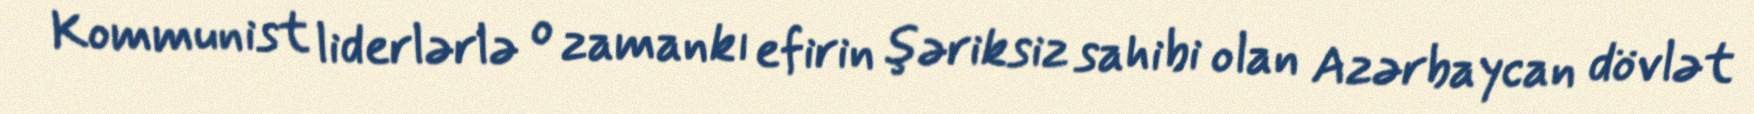
Kommunist liderlərlə o zamankı efirin şəriksiz sahibi olan Azərbaycan dövlət